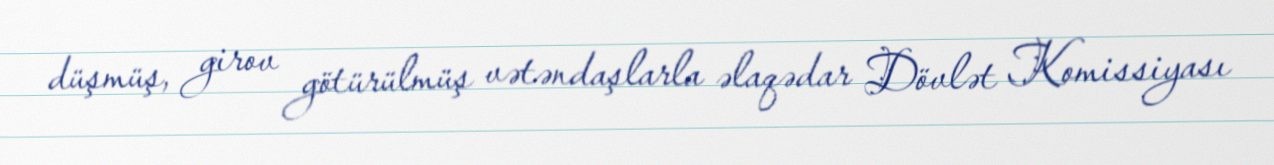
düşmüş, girov götürülmüş vətəndaşlarla əlaqədar Dövlət Komissiyası